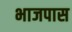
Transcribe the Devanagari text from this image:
भाजपास